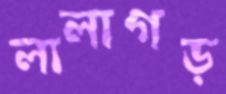
লালাগড়